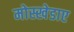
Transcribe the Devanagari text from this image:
मोस्खेडाए